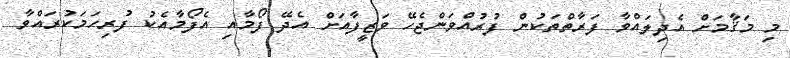
މި މަޤާމަށް އެދިލައްވާ ފަރާތްތަކުން ފުރުއްވަންޖެހޭ ވަޒީފާއަށް އެދޭ ފޯމާއި އެފޯމާއެކު ފުރިހަމަކުރައްވާ